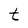
Character: t